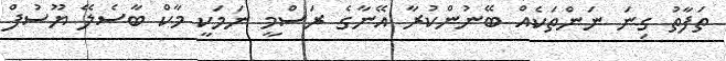
ތަފާތު ގިނަ ނަންތަކެއް ބޭނުންކުރާ އޭނާގެ ރަސްމީ ނަމަކީ މާކް ބާސެލޭ ޔޫސުފް